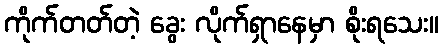
ကိုက်တတ်တဲ့ ခွေး လိုက်ရှာနေမှာ စိုးရသေး။